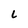
Character: L